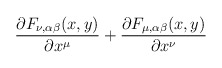
\begin{align*}\frac{\partial F_{\nu,\alpha\beta}(x,y)}{\partial x^\mu}+\frac{\partial F_{\mu,\alpha\beta}(x,y)}{\partial x^\nu}\end{align*}